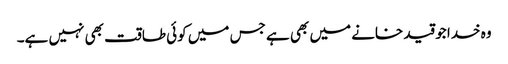
وہ خدا جو قید خانے میں بھی ہے جس میں کوئی طاقت بھی نہیں ہے۔